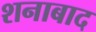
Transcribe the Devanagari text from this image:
शनाबाद